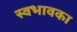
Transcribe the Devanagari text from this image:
स्वभावका